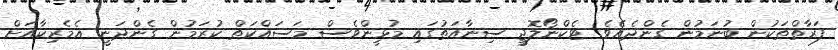
ފަރާތްތަކުން ބުނަމުން ގެންދެއެވެ. ޓެކްނޯލޮޖީ ސިނާއަތުގައި މުޅީންވެސް މަސައްކަތް ކުރަމުން ގެންދަނީ އެމެރިކާއަށް